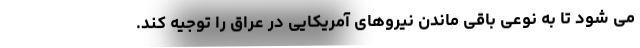
می شود تا به نوعی باقی ماندن نیروهای آمریکایی در عراق را توجیه کند.